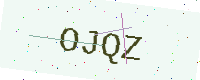
Text: OJQZ